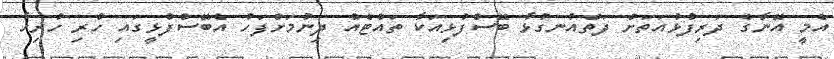
އެމީ އޭނާގެ ދަރިފުޅުއަތަށް ދަތްއުނގުޅާ ބޭސްފުޅިއަކާ ތައްޓެއް ދިނުމަށްފަހު އެބޭސްފުޅީގައި ހުރި ހުރިހާ